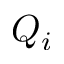
Q _ { i }